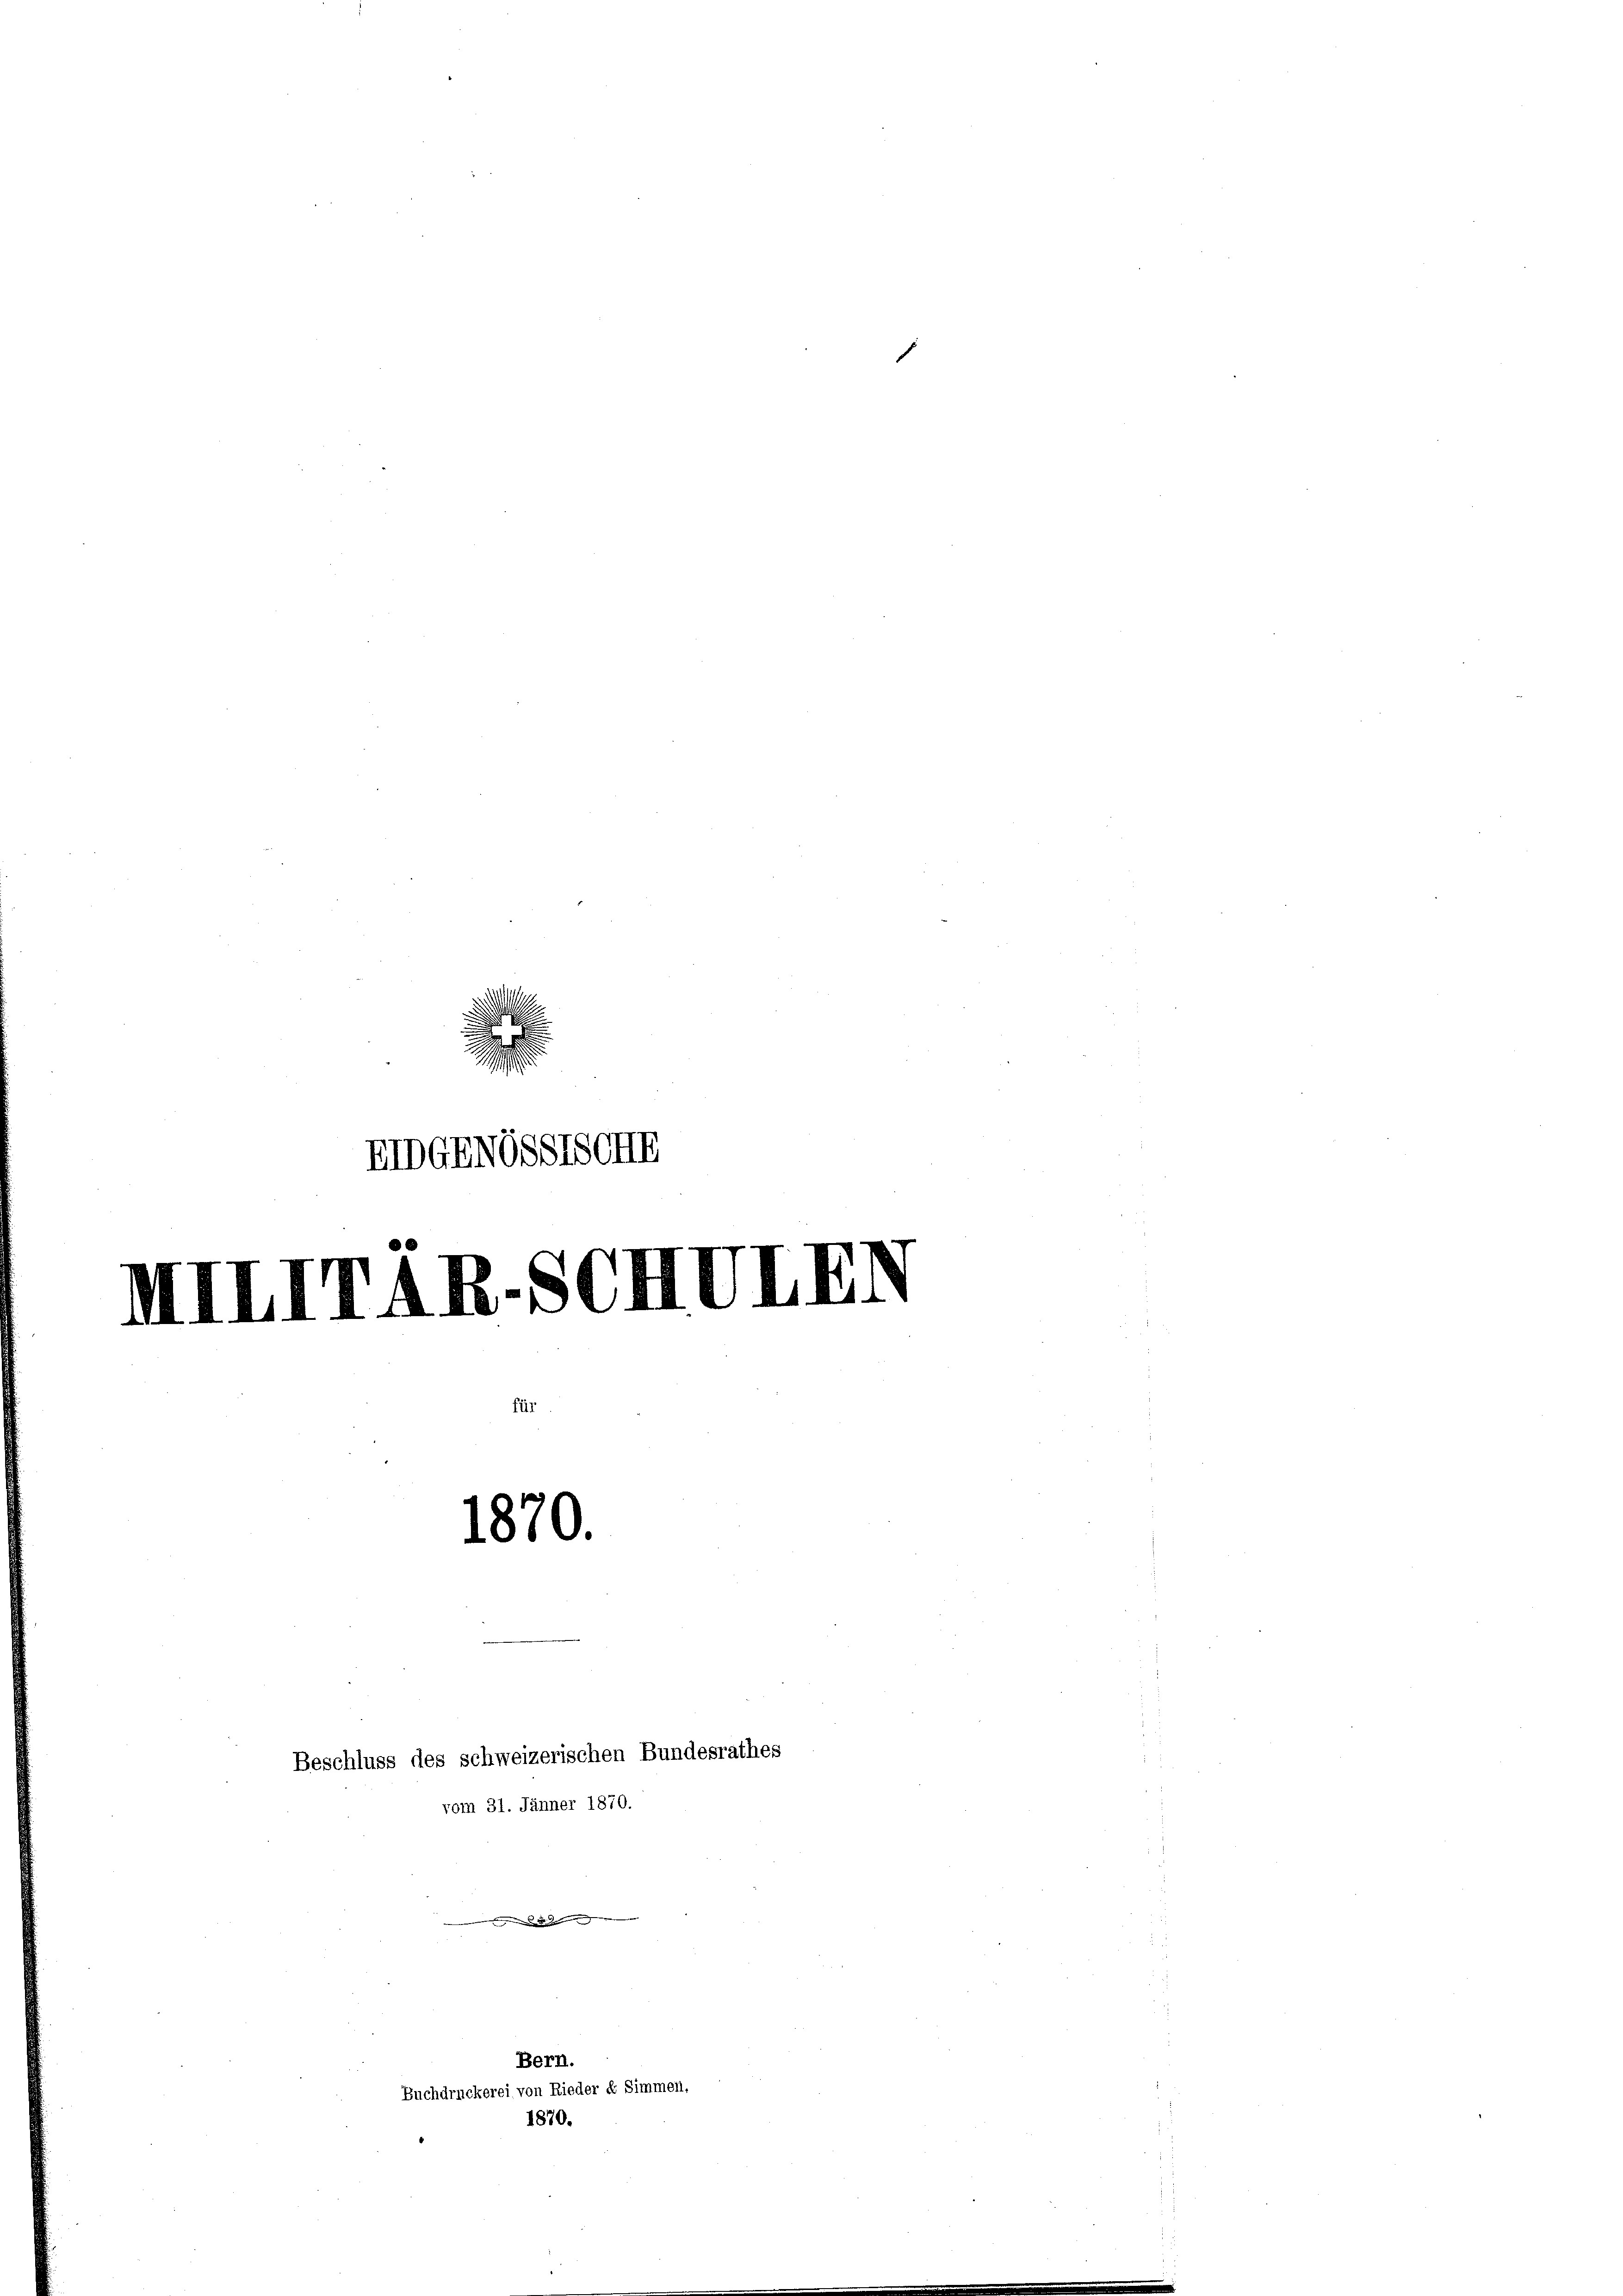
u
h
EIDGENGSSTSCHIE
MIIITAR.SCHVIED
1870.

Bern.

Beschluss des schweizerischen Bundesrathes
vom 31. Jänner 1870.
me des Gemeinung

Buchdruckerei von Rieder u Simmen.
1870.